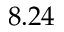
8 . 2 4